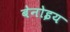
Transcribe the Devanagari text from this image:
बेनोइय